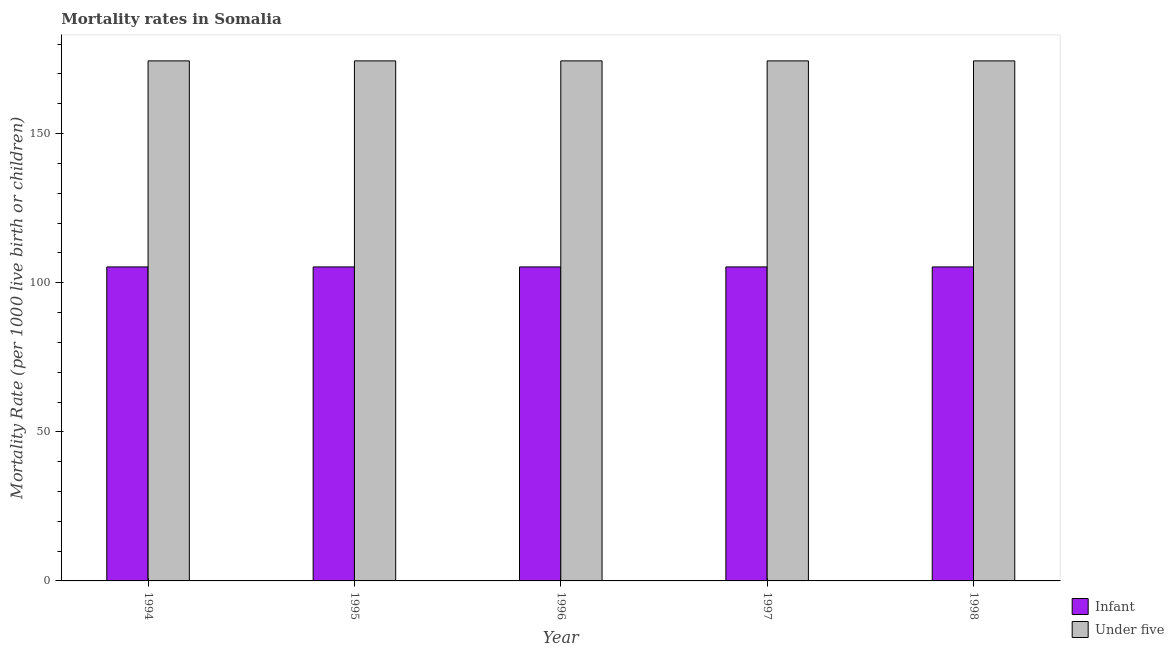
| Year | Infant | Under five |
 | --- | --- | --- |
 | 1994 | 105 | 174 |
 | 1995 | 105 | 174 |
 | 1996 | 105 | 174 |
 | 1997 | 105 | 174 |
 | 1998 | 105 | 174 |